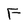
Character: F